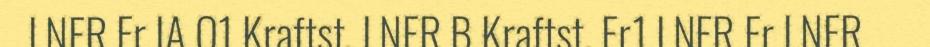
LNFR Fr IA O1 Kraftst. LNFR B Kraftst. Fr1 LNFR Fr LNFR